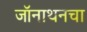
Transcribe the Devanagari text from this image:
जॉनाथनचा